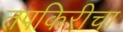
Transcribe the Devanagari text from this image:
तपकिरीचा